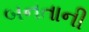
બનતાની